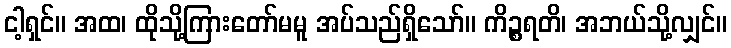
ငါ့ရှင်။ အထ၊ ထိုသို့ကြားတော်မမူ အပ်သည်ရှိသော်။ ကိဉ္စရတိ၊ အဘယ်သို့လျှင်။